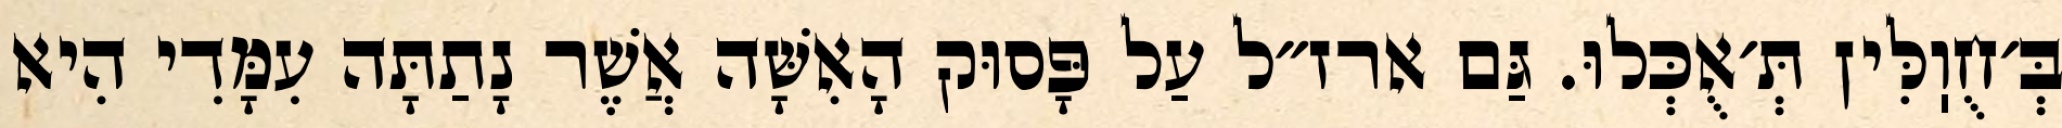
בְּ׳חֻוֽלִּין תְּ׳אֻכְּלוּ. גַּם ארז״ל עַל פָּסוּק הָאִשָּׁה אֲשֶׁר נָתַתָּה עִמָּדִי הִיא